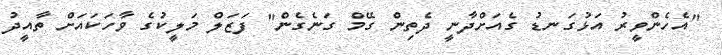
"އެހެންވީރު އަޅުގަނޑު ގެއަށްދާނީ ދެތިން ގޭމް ގަނެގެން" ފަޒަލް މަލީކުގެ ވާހަކައަށް ތާއީދު